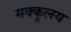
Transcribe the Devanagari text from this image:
मक्कुलय